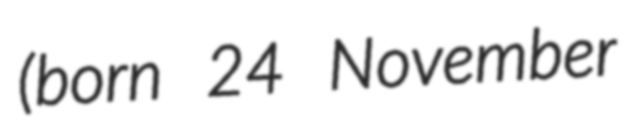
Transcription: (born 24 November